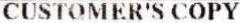
CUSTOMER'S COPY